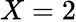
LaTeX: X=2